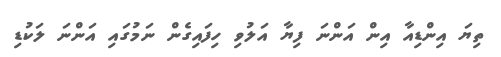
ތިޔަ އިންޑިއާ އިން އަންނަ ފިޔާ އަލުވި ހިފައިގެން ނަމުގައި އަންނަ ލަކުޑި